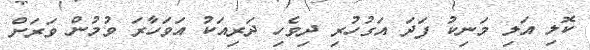
ކޮލި އަލި މަނިކު ފަދަ އަގުހުރި ދިވެހި ދަރިއަކު އަވަހާރަ ވުމުން ވަރަށް